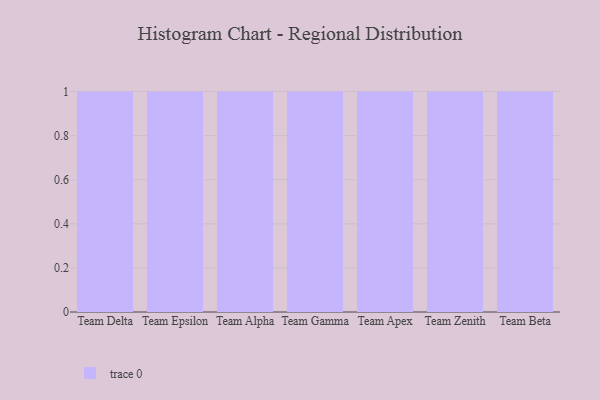
{"axis": {"x": "Team", "y": "Page Views"}, "legend": [""], "data": [{"x": "Team Delta", "y": 91, "type": ""}, {"x": "Team Epsilon", "y": 5, "type": ""}, {"x": "Team Alpha", "y": 44, "type": ""}, {"x": "Team Gamma", "y": 70, "type": ""}, {"x": "Team Apex", "y": 4, "type": ""}, {"x": "Team Zenith", "y": 13, "type": ""}, {"x": "Team Beta", "y": 98, "type": ""}]}